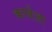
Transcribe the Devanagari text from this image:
काबेज़ा